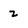
Character: Z